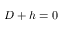
D + h = 0